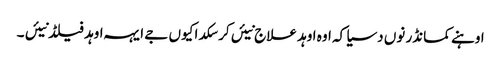
اوہنے کمانڈر نوں دسیا کہ اوہ اوہد علاج نیئں کر سکدا کیوں جے ایہہ اوہد فیلڈ نیئں ۔